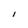
Character: I